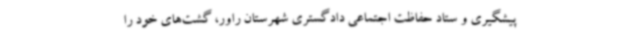
پیشگیری و ستاد حفاظت اجتماعی دادگستری شهرستان راور، گشت‌های خود را